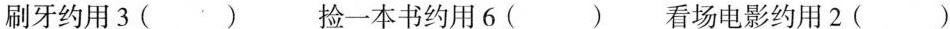
刷牙约用3() 捡一本书约用6() 看场电影约用2()